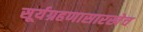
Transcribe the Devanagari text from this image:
सूर्यग्रहणासारखेच